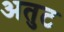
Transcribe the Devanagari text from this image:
अतुट